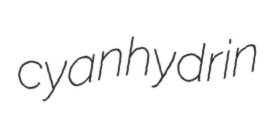
cyanhydrin